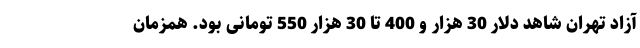
آزاد تهران شاهد دلار 30 هزار و 400 تا 30 هزار 550 تومانی بود. همزمان